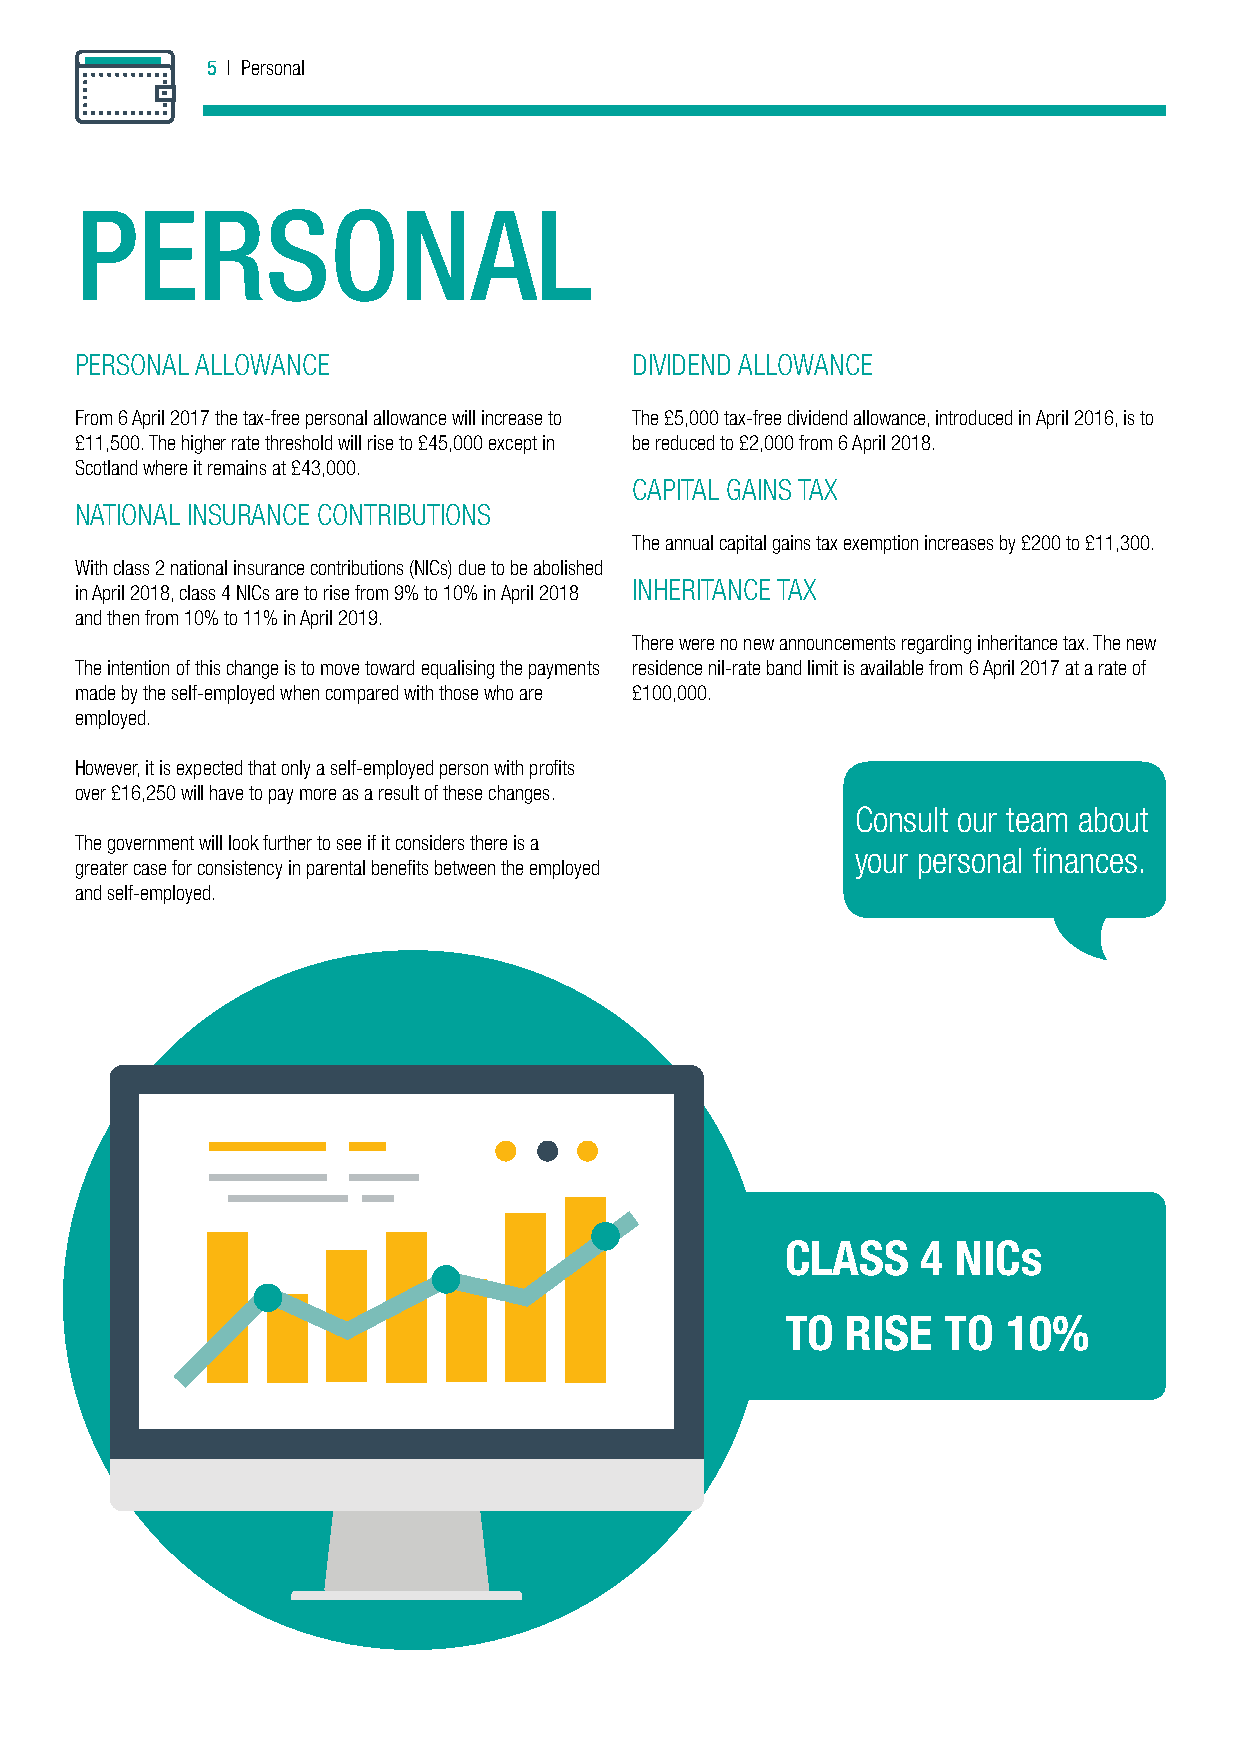
5 | Personal
 PERSONAL
 PERSONAL ALLOWANCE                   DIVIDEND ALLOWANCE
 From 6 April 2017 the tax-free personal allowance will increase to The £5,000 tax-free dividend allowance, introduced in April 2016, is to
 £11,500. The higher rate threshold will rise to £45,000 except in be reduced to £2,000 from 6 April 2018.
 Scotland where it remains at £43,000.
 CAPITAL GAINS TAX
 NATIONAL INSURANCE CONTRIBUTIONS
 The annual capital gains tax exemption increases by £200 to £11,300.
 With class 2 national insurance contributions (NICs) due to be abolished
 INHERITANCE TAX
 in April 2018, class 4 NICs are to rise from 9% to 10% in April 2018
 and then from 10% to 11% in April 2019.
 There were no new announcements regarding inheritance tax. The new
 The intention of this change is to move toward equalising the payments residence nil-rate band limit is available from 6 April 2017 at a rate of
 made by the self-employed when compared with those who are £100,000.
 employed.
 However, it is expected that only a self-employed person with proits
 over £16,250 will have to pay more as a result of these changes.
 Consult our team about
 The government will look further to see if it considers there is a i
 your personal nances.
 greater case for consistency in parental beneits between the employed
 and self-employed.
 CLASS    4 NICs
 TO  RISE   TO  10%